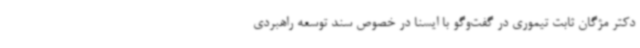
دکتر مژگان ثابت تیموری در گفت‌وگو با ایسنا در خصوص سند توسعه راهبردی